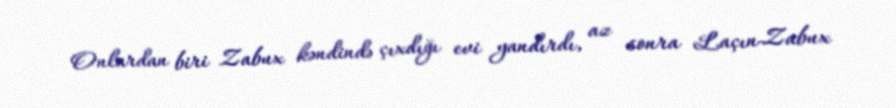
Onlardan biri Zabux kəndində çıxdığı evi yandırdı, az sonra Laçın-Zabux